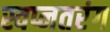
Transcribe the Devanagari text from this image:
स्वप्नतरंग